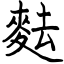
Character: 麮